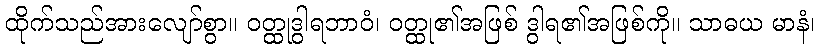
ထိုက်သည်အားလျော်စွာ။ ဝတ္ထုဒွါရဘာဝံ၊ ဝတ္ထု၏အဖြစ် ဒွါရ၏အဖြစ်ကို။ သာဓယ မာနံ၊